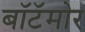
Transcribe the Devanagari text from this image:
बॉटॅमोर